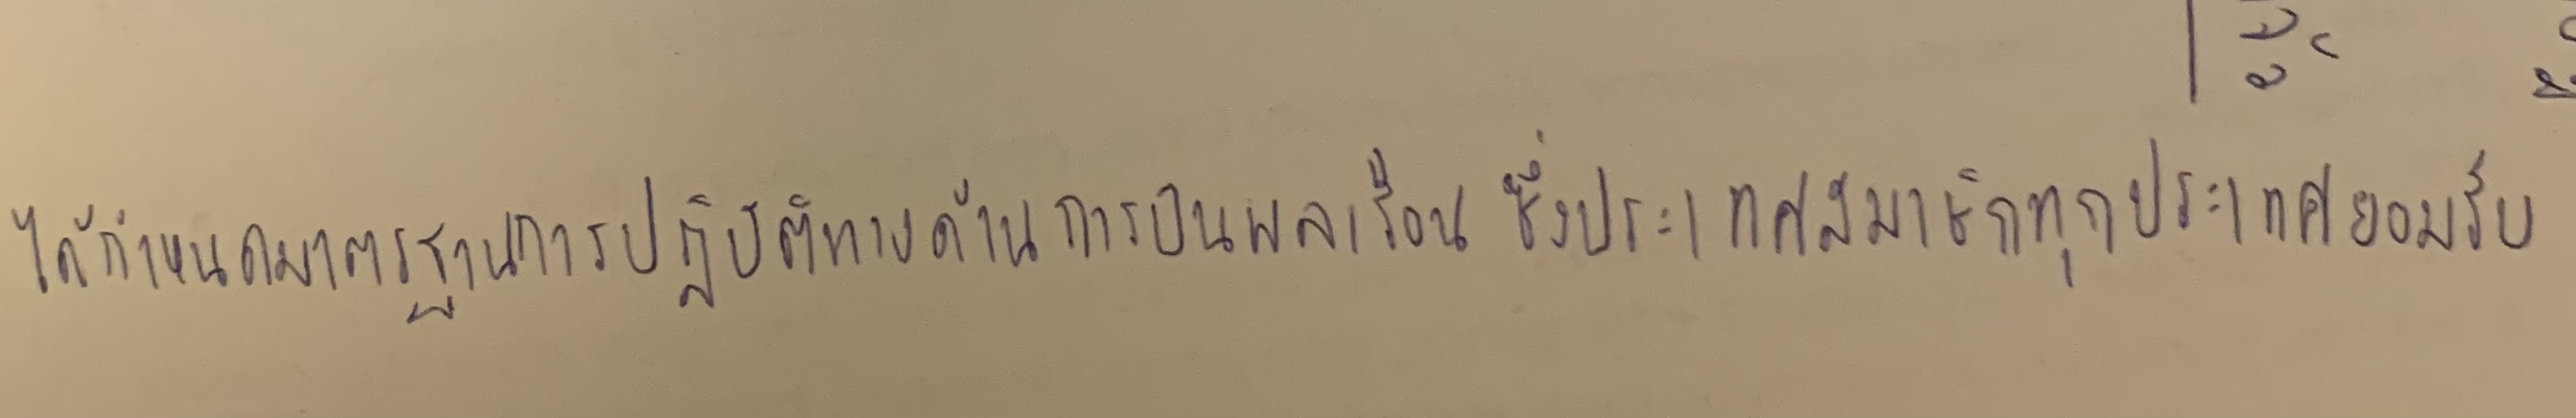
ได้กำหนดมาตรฐานการปฏิบัติทางด้านการบินพลเรือนซึ่งประเทศสมาชิกทุกประเทศยอมรับ